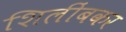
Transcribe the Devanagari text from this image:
शिलींबकर